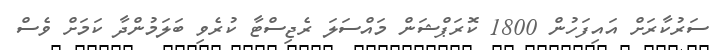
ސަރުކާރަށް އައިފަހުން 1800 ކޮރަޕްޝަން މައްސަލަ ރެޖިސްޓާ ކުރެވި ބަލަމުންދާ ކަމަށް ވެސް